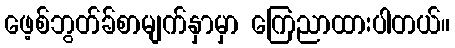
ဖေ့စ်ဘွတ်ခ်စာမျက်နှာမှာ ကြေညာထားပါတယ်။